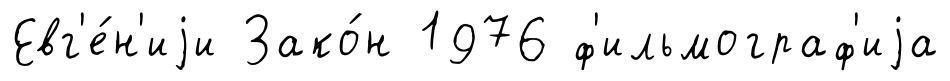
Евг'е́н'иjи Зако́н 1976 ф'ильмограф'иjа